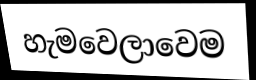
හැමවෙලාවෙම